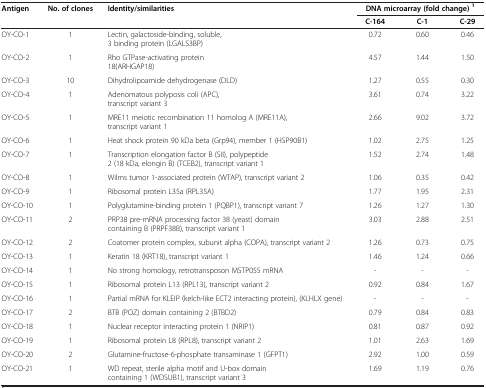
<table><thead><tr><td rowspan="2"><b>Antigen</b></td><td rowspan="2"><b>No. of clones</b></td><td rowspan="2"><b>Identity/similarities</b></td><td colspan="3"><b>DNA microarray (fold change)<sup>1</sup></b></td></tr><tr><td><b>C-164</b></td><td><b>C-1</b></td><td><b>C-29</b></td></tr></thead><tbody><tr><td>OY-CO-1</td><td>1</td><td>Lectin, galactoside-binding, soluble, 3 binding protein (LGALS3BP)</td><td>0.72</td><td>0.60</td><td>0.46</td></tr><tr><td>OY-CO-2</td><td>1</td><td>Rho GTPase-activating protein 18(ARHGAP18)</td><td>4.57</td><td>1.44</td><td>1.50</td></tr><tr><td>OY-CO-3</td><td>10</td><td>Dihydrolipoamide dehydrogenase (DLD)</td><td>1.27</td><td>0.55</td><td>0.30</td></tr><tr><td>OY-CO-4</td><td>1</td><td>Adenomatous polyposis coli (APC), transcript variant 3</td><td>3.61</td><td>0.74</td><td>3.22</td></tr><tr><td>OY-CO-5</td><td>1</td><td>MRE11 meiotic recombination 11 homolog A (MRE11A), transcript variant 1</td><td>2.66</td><td>9.02</td><td>3.72</td></tr><tr><td>OY-CO-6</td><td>1</td><td>Heat shock protein 90 kDa beta (Grp94), member 1 (HSP90B1)</td><td>1.02</td><td>2.75</td><td>1.25</td></tr><tr><td>OY-CO-7</td><td>1</td><td>Transcription elongation factor B (SII), polypeptide 2 (18 kDa, elongin B) (TCEB2), transcript variant 1</td><td>1.52</td><td>2.74</td><td>1.48</td></tr><tr><td>OY-CO-8</td><td>1</td><td>Wilms tumor 1-associated protein (WTAP), transcript variant 2</td><td>1.06</td><td>0.35</td><td>0.42</td></tr><tr><td>OY-CO-9</td><td>1</td><td>Ribosomal protein L35a (RPL35A)</td><td>1.77</td><td>1.95</td><td>2.31</td></tr><tr><td>OY-CO-10</td><td>1</td><td>Polyglutamine-binding protein 1 (PQBP1), transcript variant 7</td><td>1.26</td><td>1.27</td><td>1.30</td></tr><tr><td>OY-CO-11</td><td>2</td><td>PRP38 pre-mRNA processing factor 38 (yeast) domain containing B (PRPF38B), transcript variant 1</td><td>3.03</td><td>2.88</td><td>2.51</td></tr><tr><td>OY-CO-12</td><td>2</td><td>Coatomer protein complex, subunit alpha (COPA), transcript variant 2</td><td>1.26</td><td>0.73</td><td>0.75</td></tr><tr><td>OY-CO-13</td><td>1</td><td>Keratin 18 (KRT18), transcript variant 1</td><td>1.46</td><td>1.24</td><td>0.66</td></tr><tr><td>OY-CO-14</td><td>1</td><td>No strong homology, retrotransposon MSTP055 mRNA</td><td>-</td><td>-</td><td>-</td></tr><tr><td>OY-CO-15</td><td>1</td><td>Ribosomal protein L13 (RPL13), transcript variant 2</td><td>0.92</td><td>0.84</td><td>1.67</td></tr><tr><td>OY-CO-16</td><td>1</td><td>Partial mRNA for KLEIP (kelch-like ECT2 interacting protein), (KLHLX gene)</td><td>-</td><td>-</td><td>-</td></tr><tr><td>OY-CO-17</td><td>2</td><td>BTB (POZ) domain containing 2 (BTBD2)</td><td>0.79</td><td>0.84</td><td>0.83</td></tr><tr><td>OY-CO-18</td><td>1</td><td>Nuclear receptor interacting protein 1 (NRIP1)</td><td>0.81</td><td>0.87</td><td>0.92</td></tr><tr><td>OY-CO-19</td><td>1</td><td>Ribosomal protein L8 (RPL8), transcript variant 2</td><td>1.01</td><td>2.63</td><td>1.69</td></tr><tr><td>OY-CO-20</td><td>2</td><td>Glutamine-fructose-6-phosphate transaminase 1 (GFPT1)</td><td>2.92</td><td>1.00</td><td>0.59</td></tr><tr><td>OY-CO-21</td><td>1</td><td>WD repeat, sterile alpha motif and U-box domain containing 1 (WDSUB1), transcript variant 3</td><td>1.69</td><td>1.19</td><td>0.76</td></tr></tbody></table>